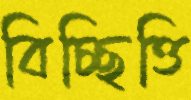
বিচ্ছিত্তি